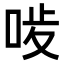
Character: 𠳰